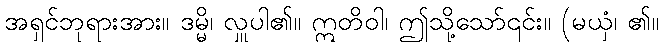
အရှင်ဘုရားအား။ ဒမ္မိ၊ လှူပါ၏။ ဣတိဝါ၊ ဤသို့သော်၎င်း။ (မယှံ၊ ၏။